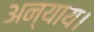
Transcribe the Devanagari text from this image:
अन्याय।